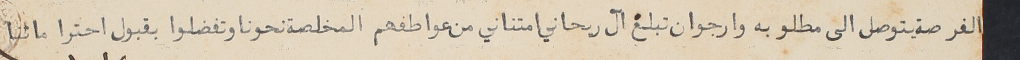
الفرصة يتوصل الى مطلوبه وارجو ان تبلغ آل ريحاني امتناني من عواطفهم المخلصة نحونا وتفضلوا بقبول احتراماتنا